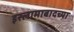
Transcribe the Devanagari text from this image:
इस्लामाबादच्या